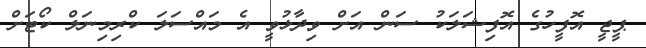
ޕީޖީ އޮފީހުގެ އޮފިޝަލަކު ސަން އަށް ވިދާޅުވީ އެ މައްސަލަ ކްރިމިނަލް ކޯޓަށް